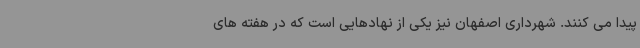
پیدا می کنند. شهرداری اصفهان نیز یکی از نهادهایی است که در هفته های